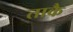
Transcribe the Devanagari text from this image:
ताकै